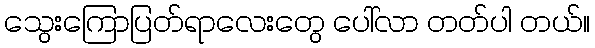
သွေးကြောပြတ်ရာလေးတွေ ပေါ်လာ တတ်ပါ တယ်။